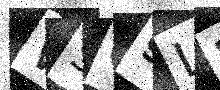
Text: W5O9L2